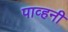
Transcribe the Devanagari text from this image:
पाव्हनी